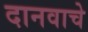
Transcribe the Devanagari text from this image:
दानवाचे